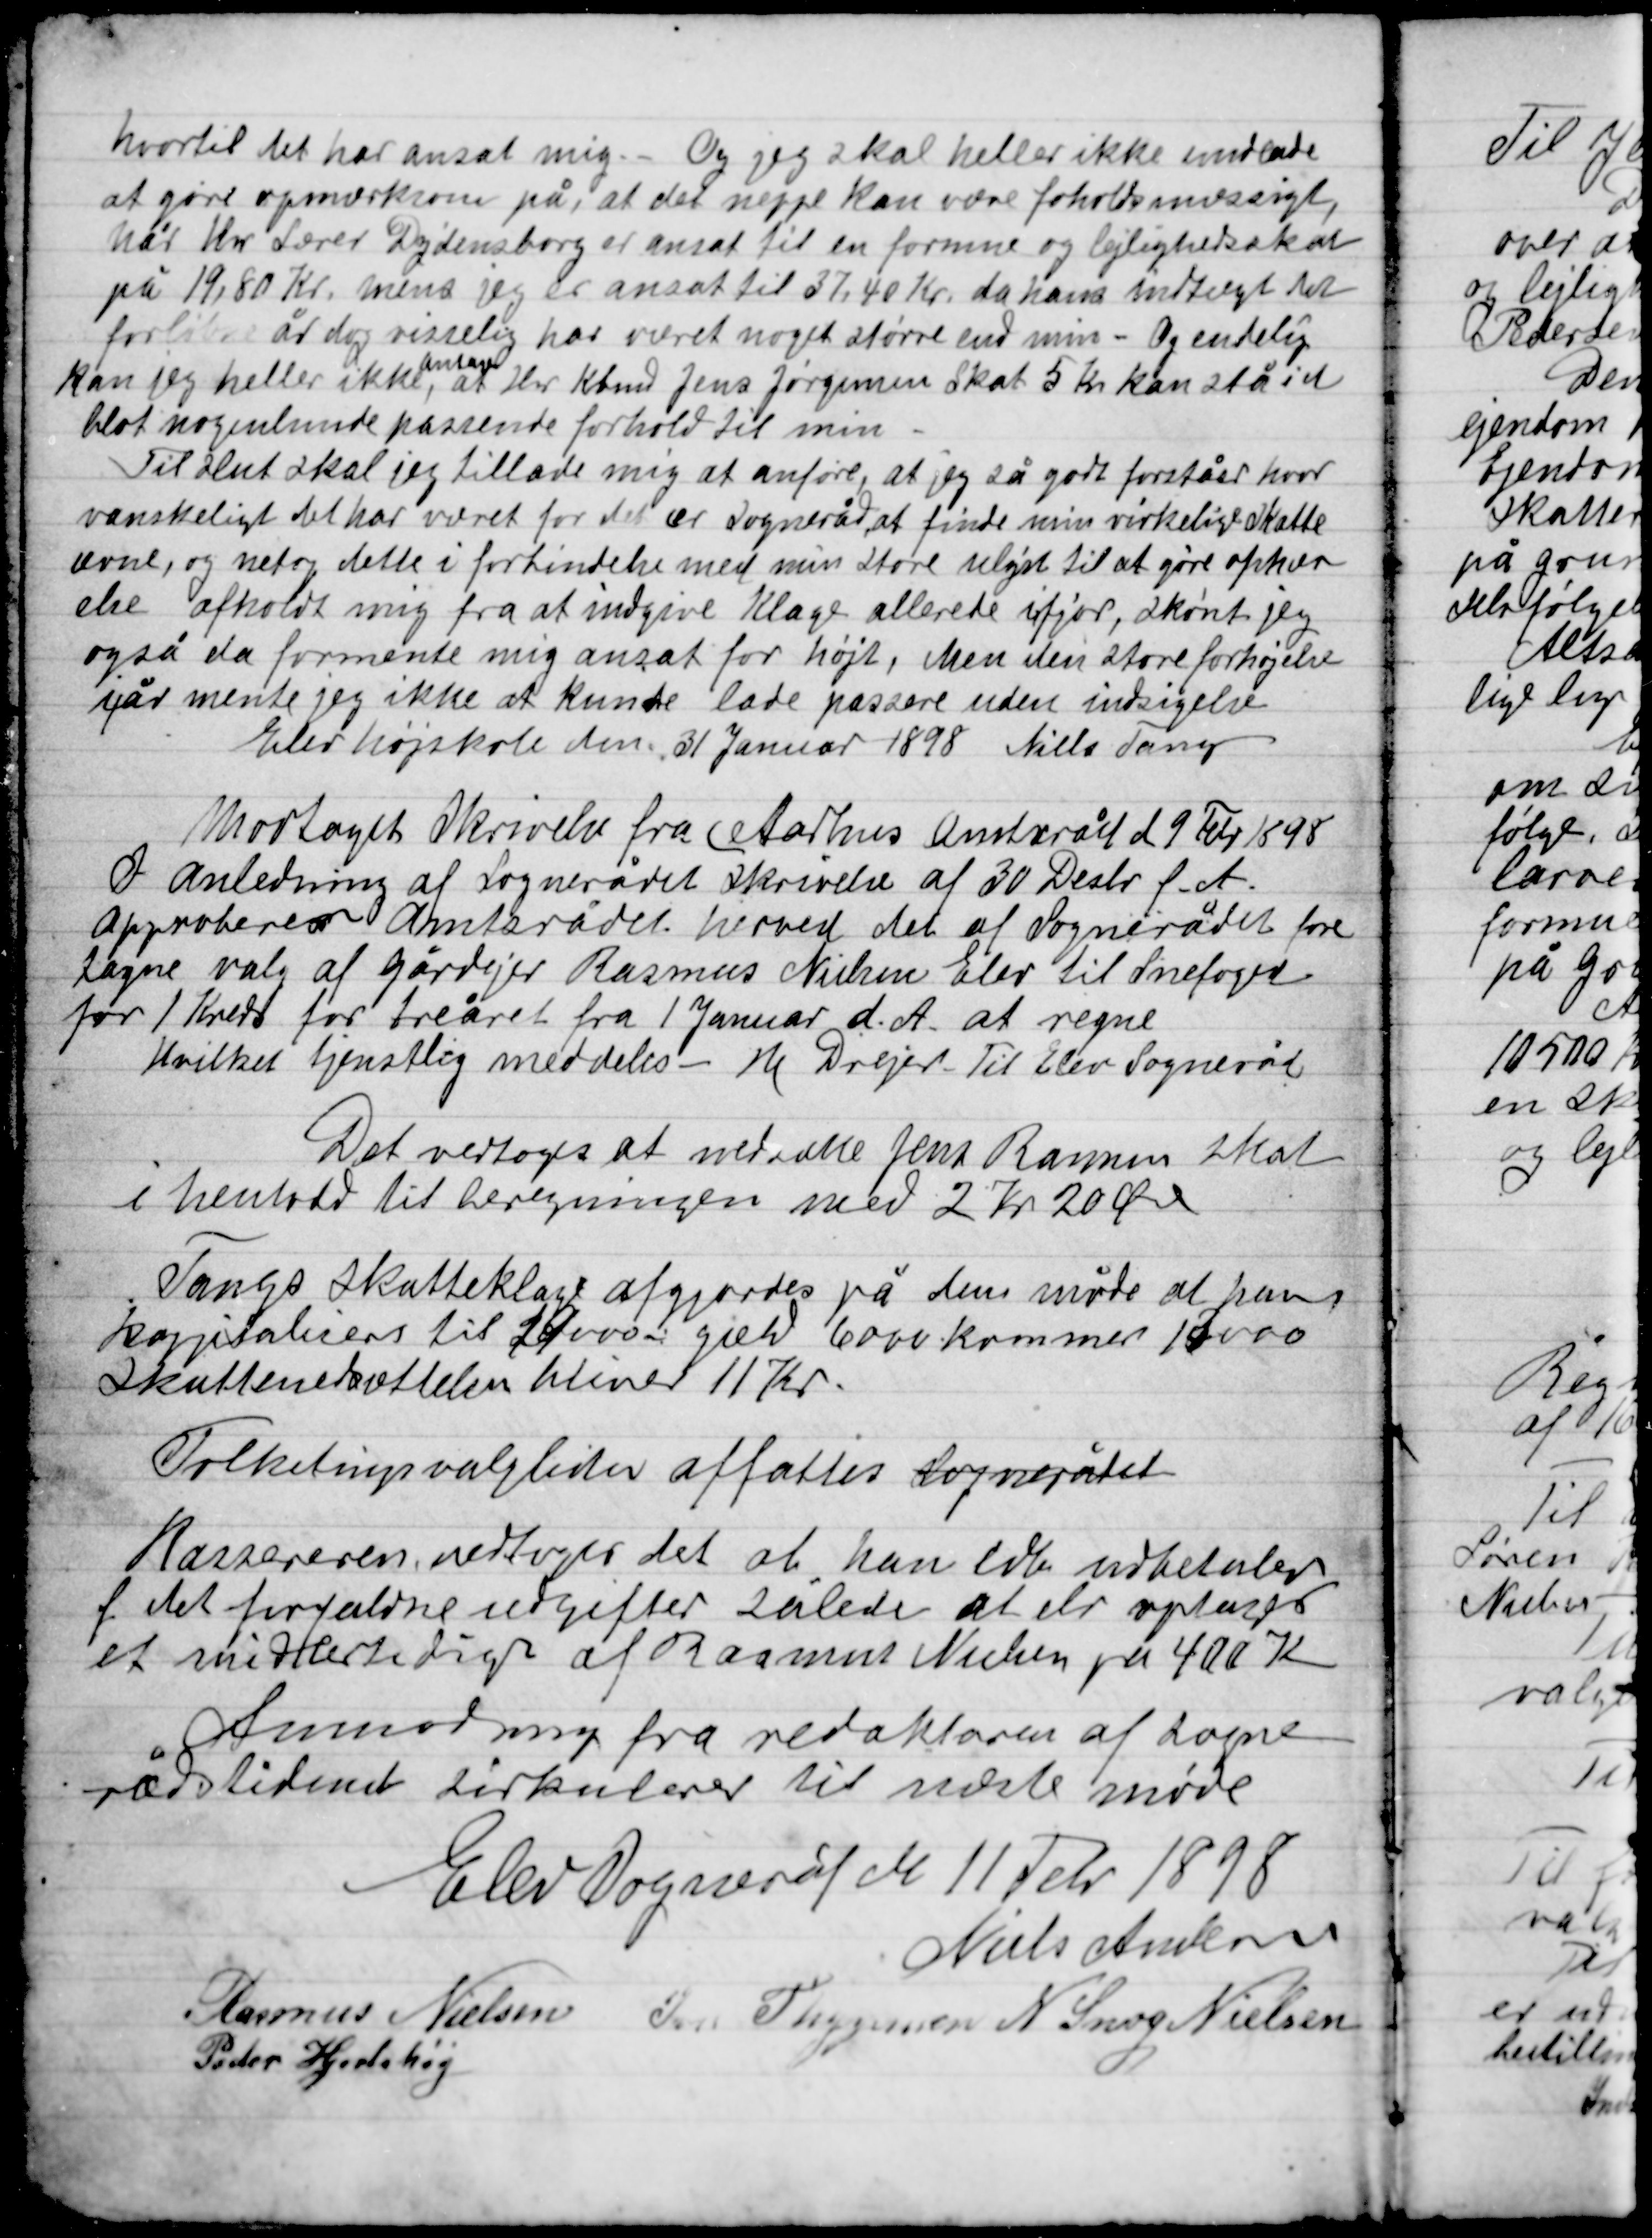
Transskription:
hvortil det har ansat mig. – Og jeg skal heller ikke undlade
at gøre opmærksom på, at det næppe kan være forholdsmæssigt
når Hr. Lærer Dydensborg er ansat til en formue og lejlighedsskat
på 19,80 Kr. mens jeg er ansat til 37,40 Kr. da hans indtægt til
foreløbig år da visselig har været noget større end min – Og endelig
kan jeg heller ikke,
antage
at Hr. Kbmd Jens Jørgensen skat 5 Kr. kan stå ind
blot nogenlunde passende forhold til min.
Til slut skal jeg tillade mig at anføre, at jeg så godt forstår hvor
vanskeligt det har været for det ærede Sogneråd at finde min virkelige skatte-
evne, og netop dette i forbindelse med min store udgift til at gøre ophæv-
else afholdt mig fra at indgive Klage allerede ifjor, skønt jeg
også da formente mig ansat for højt, men den store forhøjelse
i går mente jeg ikke at kunde lade passere uden indsigelse
Elev højskole den 31 Januar 1898 Niels Tang

Modtaget skrivelse fra Aarhus amtsråd d 9 Febr. 1898
I anledning af Sognerådet skrivelse af 30 Decbr. d. A.
approberede Amtsrådet herved det af Sognerådet fore-
tagne valg af gårdejer Rasmus Nielsen Elev til Snefoged
for 1 Kreds for treåret fra 1 Januar d. A. at regne
hvilket tjenstlig meddeles. M. Drejer - Til Elev Sogneråd

Det vedtoges at nedsætte Jens Rasmussen skat
i henhold til beregningen med 2 Kr. 20 Øre

Tangs skatteklage afgjordes på den måde at han
Kapitalisers til 19.000 – gæld 6000 kommer 13.000
Skattenedsættelsen bliver 11 Kr.

Folketingsvalget affattes Sognerådet

Kasseren vedtoges det at han selv udbetaler
af det forfaldne udgifter således at der optages
et midlertidigt af Rasmus Nielsen på 400 Kr.

Anmodning fra redaktøren af Sogne-
rådstidende Cirkulære til næste møde

Elev Sogneråd den 11 Febr. 1898

Niels Andersen
Rasmus Nielsen
Ivar Thygesen
N. Snog Nielsen
Peder Hjortshøj